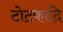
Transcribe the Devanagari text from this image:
टोटकादि